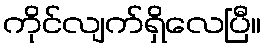
ကိုင်လျက်ရှိလေပြီ။